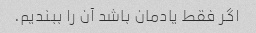
اگر فقط یادمان باشد آن را ببندیم.